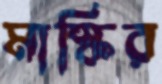
মাস্কির